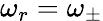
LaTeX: \omega_{r}=\omega_{\pm}